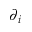
\partial _ { i }